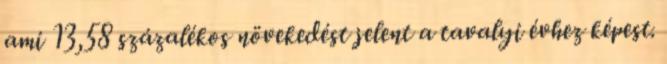
ami 13,58 százalékos növekedést jelent a tavalyi évhez képest.